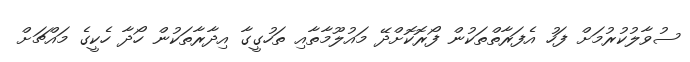
ސުވާލުކުރުމަށް ފަހު އެފަރާތްތަކުން ފޯރޮކޮށްދޭ މައުލޫމާތާއި ތަހުގީގާ އިދާރާތަކުން ހޯދާ ހެކީގެ މައްޗަށް